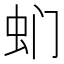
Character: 𮓳